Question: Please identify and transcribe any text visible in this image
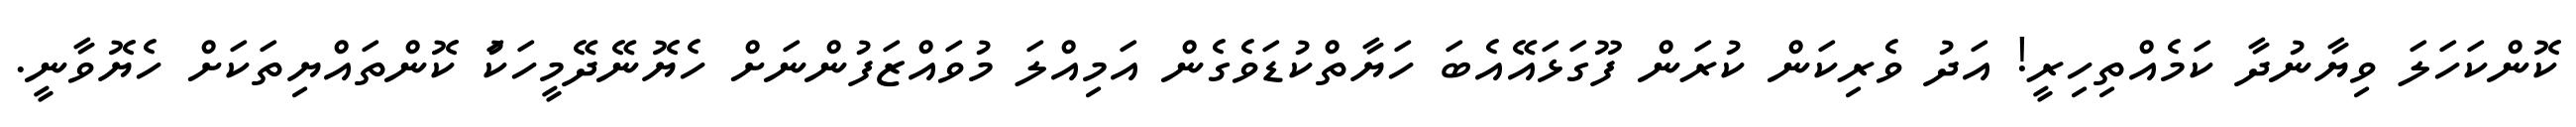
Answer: ކޮންކަހަލަ ވިޔާނުދާ ކަމެއްތިހިރީ! އަދު ވެރިކަން ކުރަން ފޫގަޅައޭއެބަ ހަޔާތްކުޑަވެގެން އަމިއްލަ މުވައްޒަފުންނަށް ހެޔޮނޭދޭމީހަކަު ކޮންތައްޔިތަކަށް ހެޔޮވާނީ.